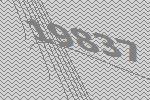
19837